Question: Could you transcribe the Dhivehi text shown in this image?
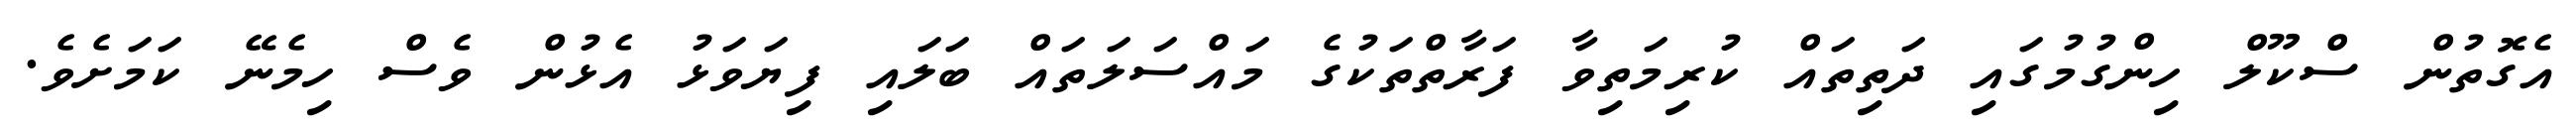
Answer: އެގޮތުން ސްކޫލް ހިންގުމުގައި ދަތިތައް ކުރިމަތިވާ ފަރާތްތަކުގެ މައްސަލަތައް ބަލައި ފިޔަވަޅު އެޅުން ވެސް ހިމެނޭ ކަމަށެވެ.